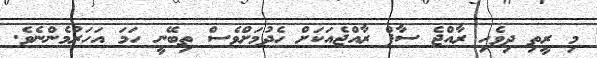
މި ރީތި ދިވެހި ރާއްޖެ ސާފް ރާއްޖެއަކަށް ހެދުމަށްވެސް ތިބޭނީ ހަމަ އަހަރުމެންނެވެ.